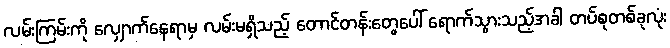
လမ်းကြမ်းကို လျှောက်နေရာမှ လမ်းမရှိသည့် တောင်တန်းတွေပေါ် ရောက်သွားသည့်အခါ တပ်စုတစ်ခုလုံး